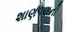
શાણપણની